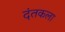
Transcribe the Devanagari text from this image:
दंतकला